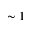
\sim 1